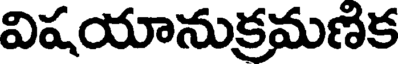
విషయానుక్రమణిక